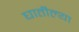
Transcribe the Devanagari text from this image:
घातील्या